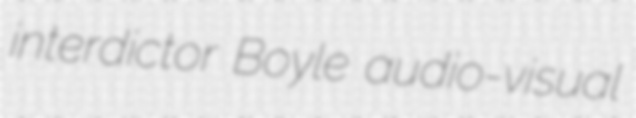
interdictor Boyle audio-visual